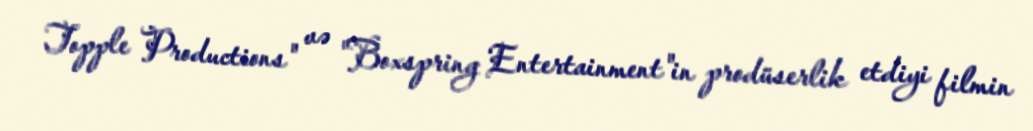
Topple Productions" və "Boxspring Entertainment"in prodüserlik etdiyi filmin